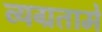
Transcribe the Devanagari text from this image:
व्यग्रतामें